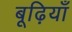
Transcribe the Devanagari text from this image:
बूढ़ियाँ